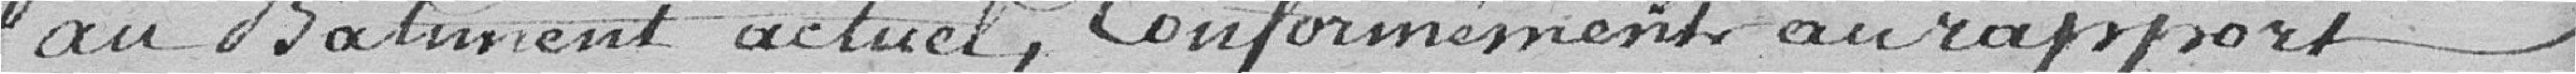
au bâtiment actuel, conformément au rapport